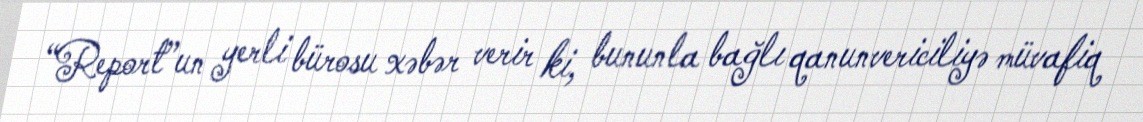
“Report”un yerli bürosu xəbər verir ki, bununla bağlı qanunvericiliyə müvafiq